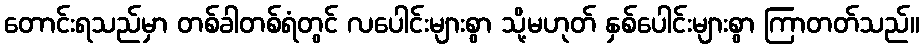
တောင်းရသည်မှာ တစ်ခါတစ်ရံတွင် လပေါင်းများစွာ သို့မဟုတ် နှစ်ပေါင်းများစွာ ကြာတတ်သည်။